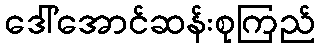
ဒေါ်အောင်ဆန်းစုကြည်